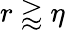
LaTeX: r\gtrapprox\eta